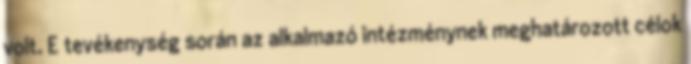
volt. E tevékenység során az alkalmazó intézménynek meghatározott célok